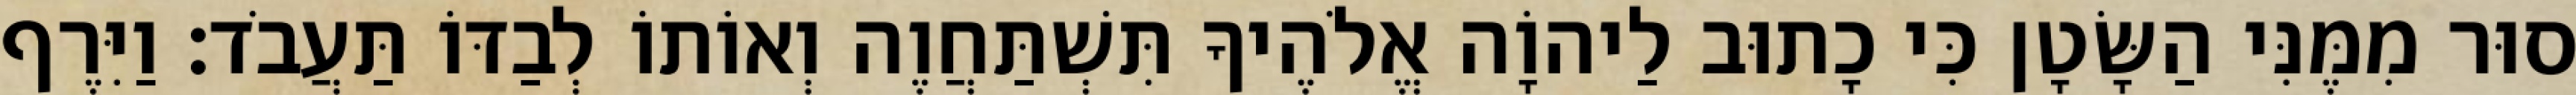
סוּר מִמֶּנִּי הַשָּׂטָן כִּי כָתוּב לַיהוָֹה אֱלֹהֶיךָ תִּשְׁתַּחֲוֶה וְאוֹתוֹ לְבַדּוֹ תַּעֲבֹד׃ וַיִּרֶף